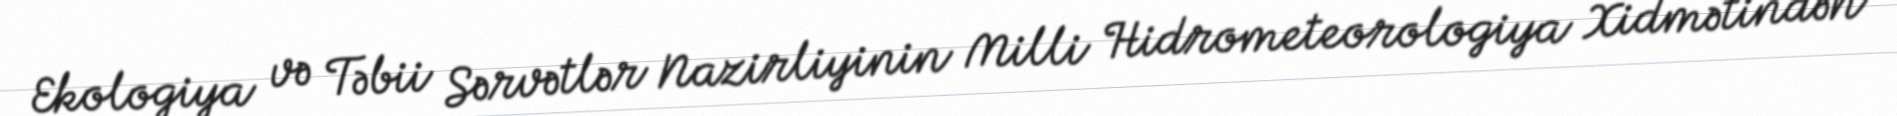
Ekologiya və Təbii Sərvətlər Nazirliyinin Milli Hidrometeorologiya Xidmətindən